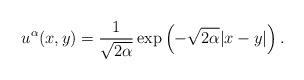
LaTeX: \begin{align*}u^{\alpha}(x,y)=\frac{1}{\sqrt{2 \alpha}}\exp\left(-\sqrt{2 \alpha}|x-y|\right).\end{align*}